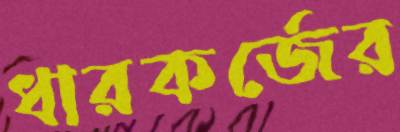
ধারকর্জের